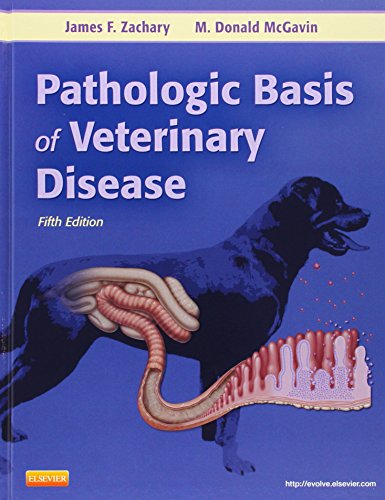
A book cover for Pathologic Basis of Veterinary Disease, 5e; Medical Books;